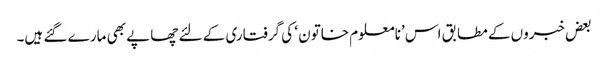
بعض خبروں کے مطابق اس ’نامعلوم خاتون ‘ کی گرفتاری کے لئے چھاپے بھی مارے گئے ہیں۔